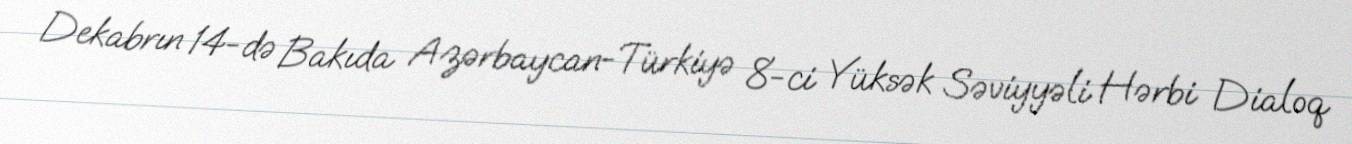
Dekabrın 14-də Bakıda Azərbaycan-Türkiyə 8-ci Yüksək Səviyyəli Hərbi Dialoq